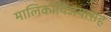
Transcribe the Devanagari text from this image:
मालिकाविजयासह